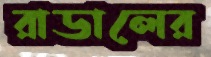
রাডালের